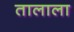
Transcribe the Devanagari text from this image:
तालाला